Sketch of the medical history of the native army of Bombay, for the year
Year: 1875
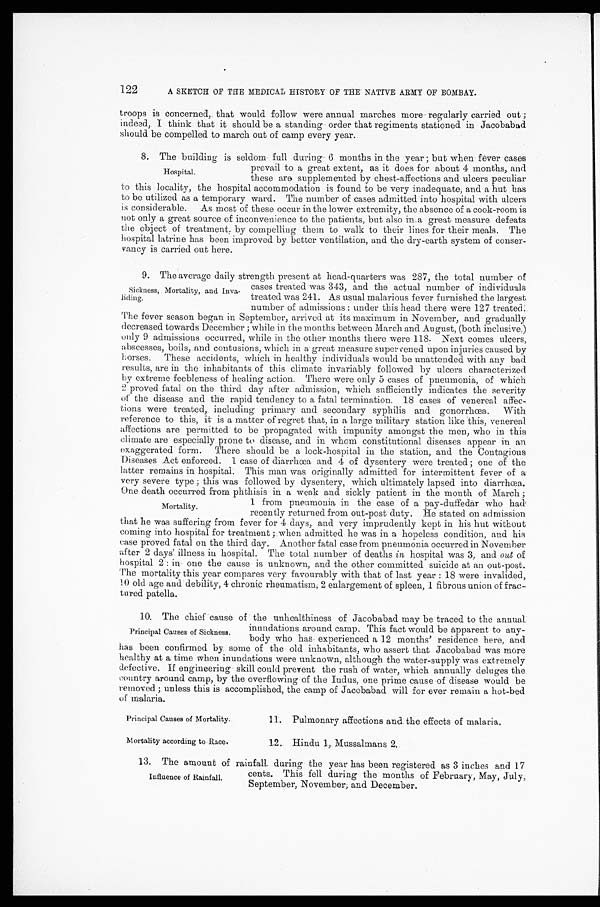
122
A SKETCH OF THE MEDICAL HISTORY OF THE NATIVE ARMY OF BOMBAY.
troops is concerned, that would follow were annual marches more regularly carried out;
indeed, I think that it should be a standing order that regiments stationed in Jacobabad
should be compelled to march out of camp every year.
8. The building is seldom full during 6 months in the year; but when fever cases
prevail to a great extent, as it does for about 4 months, and
these are supplemented by chest-affections and ulcers peculiar
to this locality, the hospital accommodation is found to be very inadequate, and a hut has
to be utilized as a temporary ward. The number of cases admitted into hospital with ulcers
is considerable. As most of these occur in the lower extremity, the absence of a cook-room is
not only a great source of inconvenience to the patients, but also in a great measure defeats
the object of treatment, by compelling them to walk to their lines for their meals. The
hospital latrine has been improved by better ventilation, and the dry-earth system of conser
-vancy is carried out here.
9. The average daily strength present at head-quarters was 287, the total number of
cases treated was 343, and the actual number of individuals
treated was 241. As usual malarious fever furnished the largest
number of admissions: under this head there were 127 treated.
The fever season began in September, arrived at its maximum in November, and gradually
decreased towards December; while in the months between March and August, (both inclusive,)
only 9 admissions occurred, while in the other months there were 118. Next comes ulcers,
abscesses, boils, and contusions, which in a great measure supervened upon injuries caused by
horses. These accidents, which in healthy individuals would be unattended with any bad
results, are in the inhabitants of this climate invariably followed by ulcers characterized
by extreme feebleness of healing action. There were only 5 cases of pneumonia, of which
2 proved fatal on the third day after admission, which sufficiently indicates the severity
of the disease and the rapid tendency to a fatal termination. 18 cases of venereal affec
- t i o n s w e r e t r e a t e d , i n c l u d i n g p r i m a r y a n d s e c o n d a r y s y p h i l i s a n d g o n o r r h œ a . W i t h
reference to this, it is a matter of regret that, in a large military station like this, venereal
affections are permitted to be propagated with impunity amongst the men, who in this
climate are especially prone to disease, and in whom constitutional diseases appear in an
exaggerated form. There should be a lock-hospital in the station, and the Contagious
Diseases Act enforced. 1 case of diarrhœa and 4 of dysentery were treated; one of the
latter remains in hospital. This man was originally admitted for intermittent fever of a
very severe type; this was followed by dysentery, which ultimately lapsed into diarrhœa.
One death occurred from phthisis in a weak and sickly patient in the month of March;
1 from pneumonia in the case of a pay-duffedar who had
recently returned from out-post duty. He stated on admission
that he was suffering from fever for 4 days, and very imprudently kept in his hut without
coming into hospital for treatment; when admitted he was in a hopeless condition, and his
case proved fatal on the third day. Another fatal case from pneumonia occurred in November
after 2 days' illness in hospital. The total number of deaths in hospital was 3, and out of
hospital 2: in one the cause is unknown, and the other committed suicide at an out-post.
The mortality this year compares very favourably with that of last year: 18 were invalided,
10 old age and debility, 4 chronic rheumatism, 2 enlargement of spleen, 1 fibrous union of frac--
tured patella.
10. The chief cause of the unhealthiness of Jacobabad may be traced to the annual
inundations around camp. This fact would be apparent to any
-body who has experienced a 12 months' residence here, and
has been confirmed by some of the old inhabitants, who assert that Jacobabad was more
healthy at a time when inundations were unknown, although the water-supply was extremely
defective. If engineering skill could prevent the rush of water, which annually deluges the
country around camp, by the overflowing of the Indus, one prime cause of disease would be
removed; unless this is accomplished, the camp of Jacobabad will for ever remain a hot-bed
of malaria.
Hospital.
Sickness, Mortality, and Inva--
liding.
Mortality.
Principal Causes of Sickness.
Principal Causes of Mortality.
Mortality according to Race.
11. Pulmonary affections and the effects of malaria.
12. Hindu 1, Mussalmans 2.
13. The amount of rainfall, during the year has been registered as 3 inches and 17
cents. This fell during the months of February, May, July,
September, November, and December.
Influence of Rainfall.